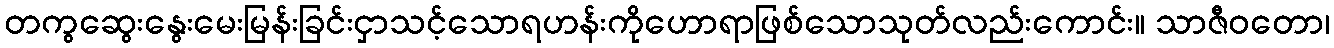
တကွဆွေးနွေးမေးမြန်းခြင်းငှာသင့်သောရဟန်းကိုဟောရာဖြစ်သောသုတ်လည်းကောင်း။ သာဇီဝတော၊